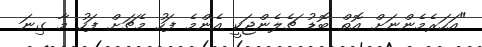
"އަހަރެމެންނަށް އޮތް ބޮޑު ޗެލެންޖަކީ އެންމެ ފަހު މެޗަށް ފަހު މާ ގިނަ